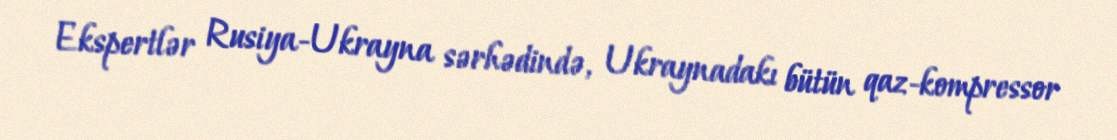
Ekspertlər Rusiya-Ukrayna sərhədində, Ukraynadakı bütün qaz-kompressor